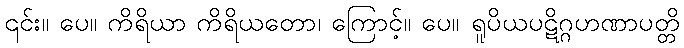
၎င်း။ ပေ။ ကိရိယာ ကိရိယတော၊ ကြောင့်။ ပေ။ ရူပိယပဋိဂ္ဂဟဏာပတ္တိ